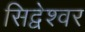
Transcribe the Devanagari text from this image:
सिद्वेश्वर